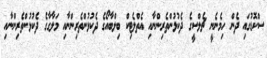
ސްކޮޑުގައި ދެން ހިމެނެނީ ޗެލްސީގެ ދެކުޅުންތެރިންނާއި އެތްލެޓިކް ބިލްބާއޯގެ ދެކުޅުންތެރިންނާއި މަލާގާގެ ދެކުޅުންތެރިންނާއި